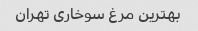
بهترین مرغ سوخاری تهران